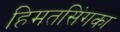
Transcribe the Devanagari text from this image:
हिमतसिंगका